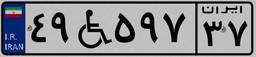
۴۶W۵۲۸۹۱